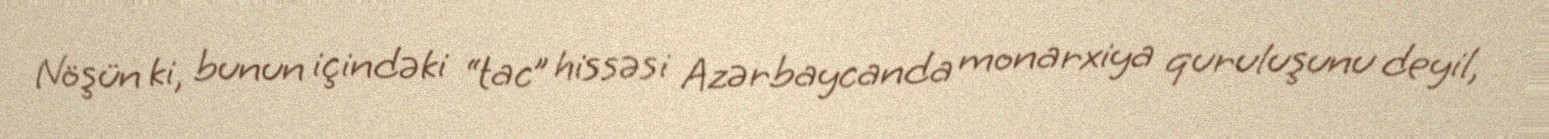
Nöşün ki, bunun içindəki “tac” hissəsi Azərbaycanda monarxiya quruluşunu deyil,